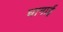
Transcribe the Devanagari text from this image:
घानाई